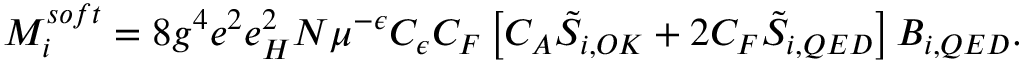
M _ { i } ^ { s o f t } = 8 g ^ { 4 } e ^ { 2 } e _ { H } ^ { 2 } N \mu ^ { - \epsilon } C _ { \epsilon } C _ { F } \left[ C _ { A } \tilde { S } _ { i , O K } + 2 C _ { F } \tilde { S } _ { i , Q E D } \right] B _ { i , Q E D } .